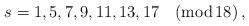
LaTeX: \begin{align*}s=1,5,7,9,11,13,17 \quad (\textrm{mod}\, 18)\,,\end{align*}